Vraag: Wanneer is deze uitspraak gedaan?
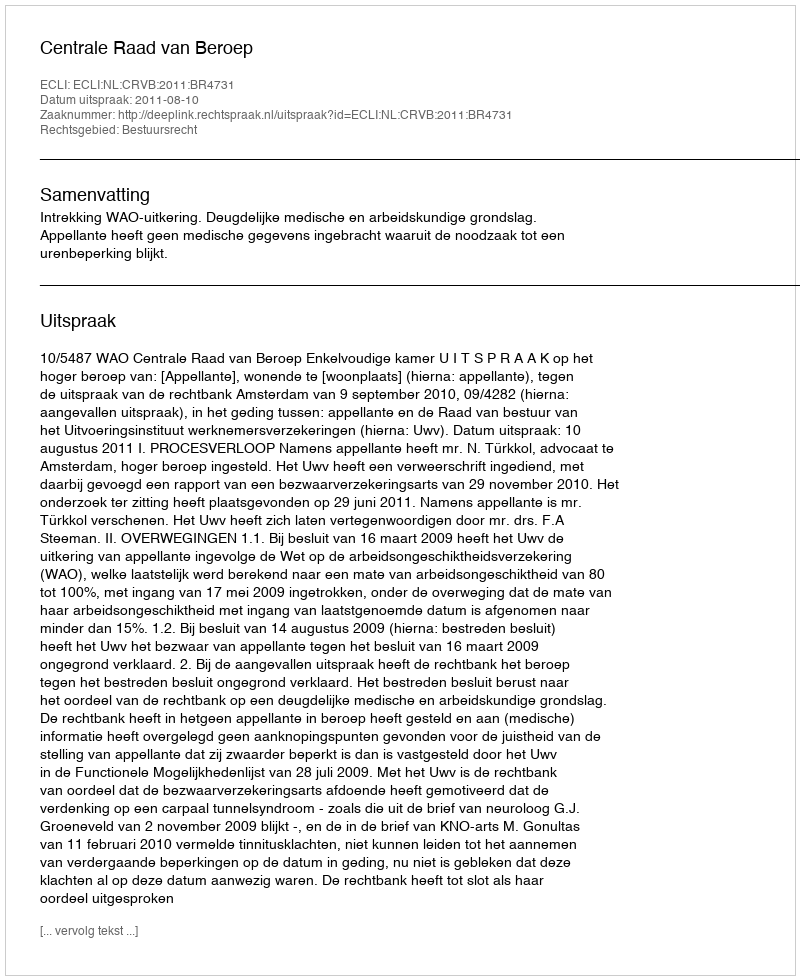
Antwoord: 2011-08-10